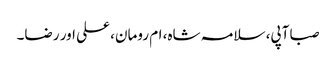
صبا آپی، سلامہ شاہ، ام رومان، علی اور رضا۔